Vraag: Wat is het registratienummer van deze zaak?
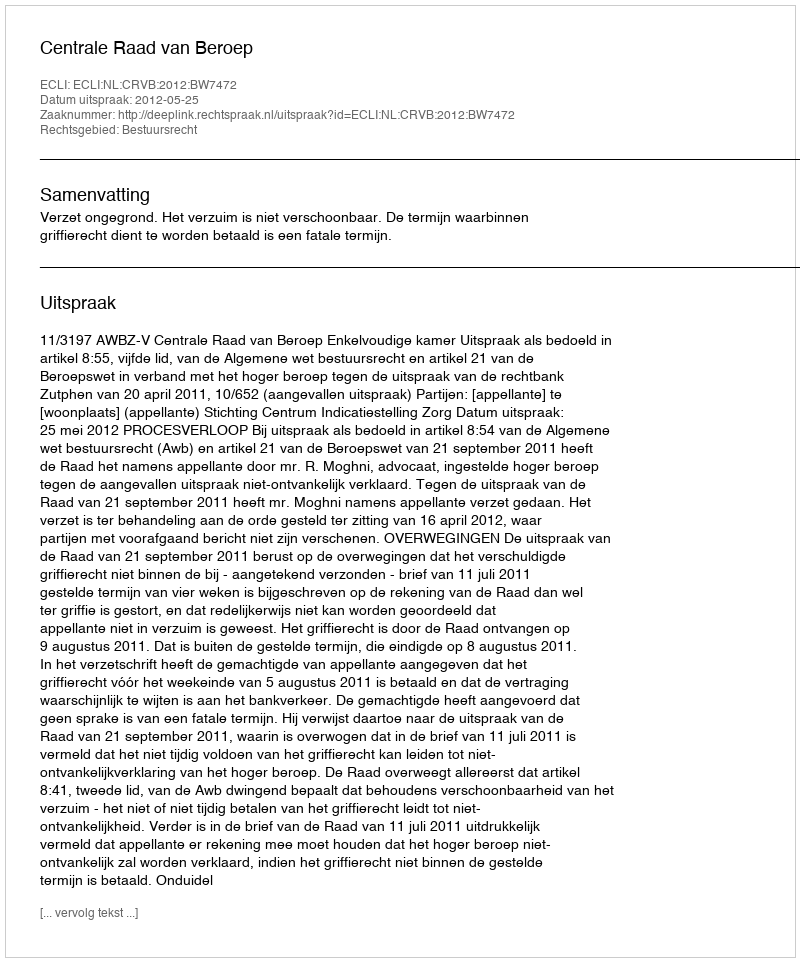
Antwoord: http://deeplink.rechtspraak.nl/uitspraak?id=ECLI:NL:CRVB:2012:BW7472